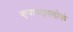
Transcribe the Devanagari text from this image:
कृपापाङ्गालोकं